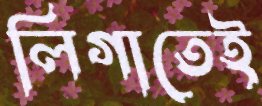
লিগাতেই